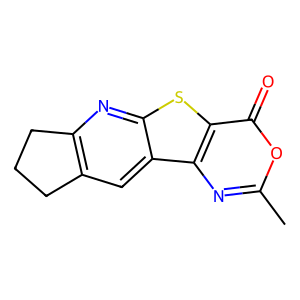
SMILES: Cc1nc2c(sc3nc4c(cc32)CCC4)c(=O)o1
Inhibits HIV replication: No